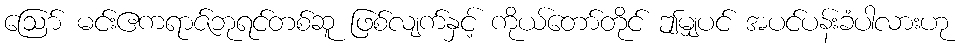
ဩော် မင်းဧကရာဇ်ဘုရင်တစ်ဆူ ဖြစ်လျက်နှင့် ကိုယ်တော်တိုင် ဤမျှပင် အပင်ပန်းခံပါလားဟု